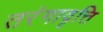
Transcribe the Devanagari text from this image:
तरंगावृत्ति